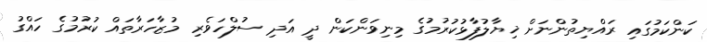
ކަންކަމުގައި ރައްޔިތުންނަށް ޚިޔާލުފާޅުކުރުމުގެ މިނިވަންކަން ދީ އަދި ސުލްހަވެރި މުޒާހަރާތައް ކުރުމުގެ ހައްގު